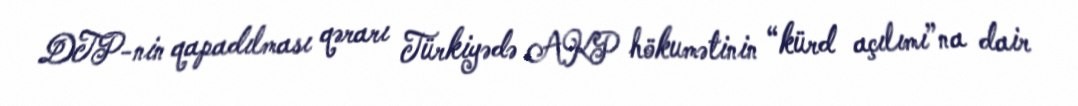
DTP-nin qapadılması qərarı Türkiyədə AKP hökumətinin “kürd açılımı”na dair